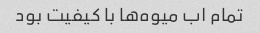
تمام اب میوه‌ها با کیفیت بود